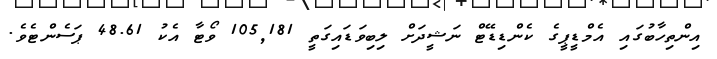
އިންތިހާބުގައި އެމްޑީޕީގެ ކެންޑިޑޭޓް ނަޝީދަށް ލިބިވަޑައިގަތީ 105